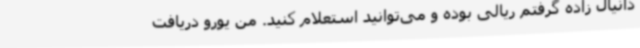
دانیال زاده گرفتم ریالی بوده و می‌توانید استعلام کنید. من یورو دریافت